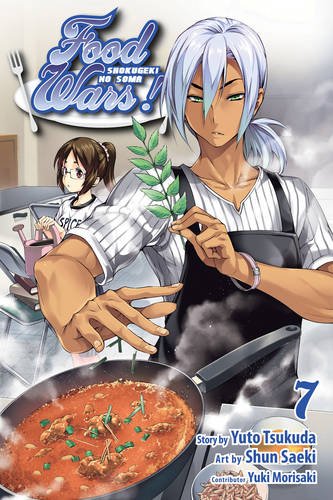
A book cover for Food Wars!, Vol. 7; Yuto Tsukuda; Comics & Graphic Novels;